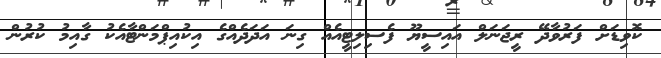
ކޮވިޑަށް ފަރުވާދޭ ރީޖަނަލް އައިސީޔޫ ފެސިލިޓީއެއް ގިނަ އަދަދެއްގެ އިކުއިޕްމަންޓާއެކު ގާއިމު ކުރުން